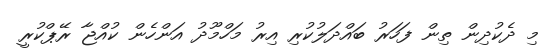
މި ދެކުދިން ތިން ފަހަރު ބައްދަލުކުރި އިރު މަހްމޫދު އަންހެން ކުއްޖާ ރޭޕްކުރީ